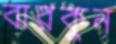
বারকুন